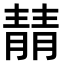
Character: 𫕻